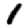
Digit: 1